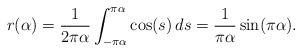
\begin{align*}r(\alpha) = \frac{1}{2\pi \alpha} \int^{\pi\alpha}_{-\pi \alpha} \cos(s) \, ds = \frac{1}{\pi \alpha} \sin(\pi \alpha).\end{align*}